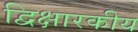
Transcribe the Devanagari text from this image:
द्विक्षारकीय